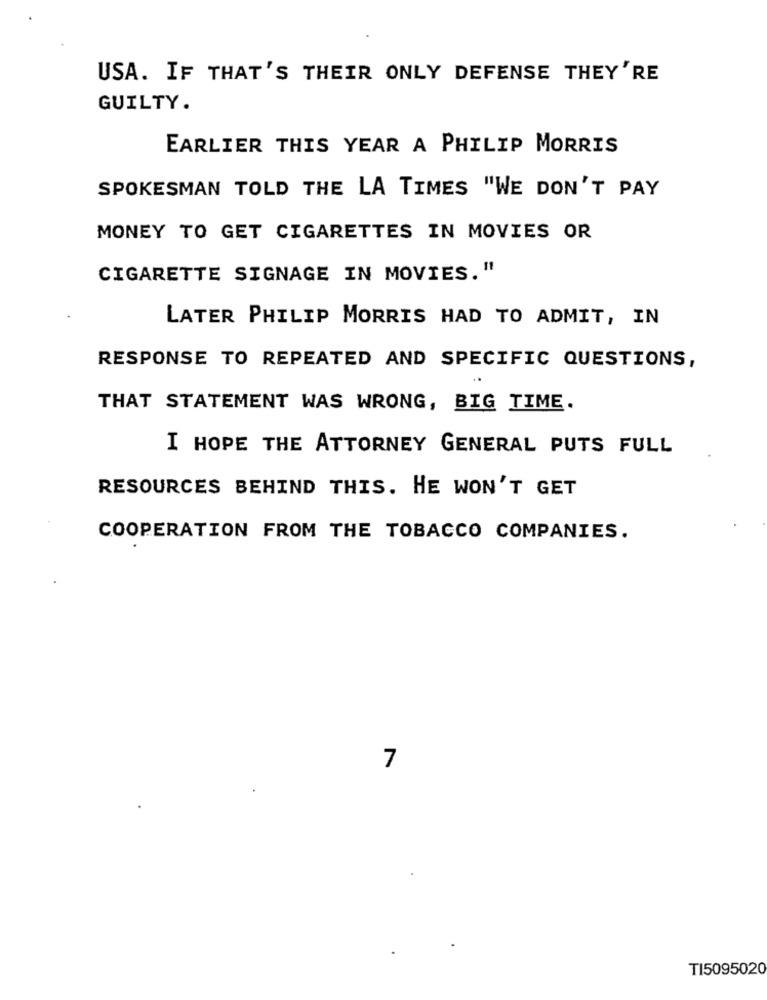
USA. IF THAT'S THEIR ONLY DEFENSE THEY'RE
GUILTY.
EARLIER THIS YEAR A PHILIP MORRIS
SPOKESMAN TOLD THE LA TIMES "WE DON'T PAY
MONEY TO GET CIGARETTES IN MOVIES OR
CIGARETTE SIGNAGE IN MOVIES."
LATER PHILIP MORRIS HAD TO ADMIT, IN
RESPONSE TO REPEATED AND SPECIFIC QUESTIONS,
THAT STATEMENT WAS WRONG, BIG TIME.
I HOPE THE ATTORNEY GENERAL PUTS FULL
RESOURCES BEHIND THIS. HE WON'T GET
COOPERATION FROM THE TOBACCO COMPANIES.
7
TI5095020